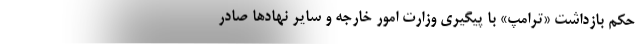
حکم بازداشت «ترامپ» با پیگیری وزارت امور خارجه و سایر نهادها صادر